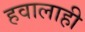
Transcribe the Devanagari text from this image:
हवालाही